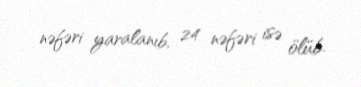
nəfəri yaralanıb, 24 nəfəri isə ölüb.